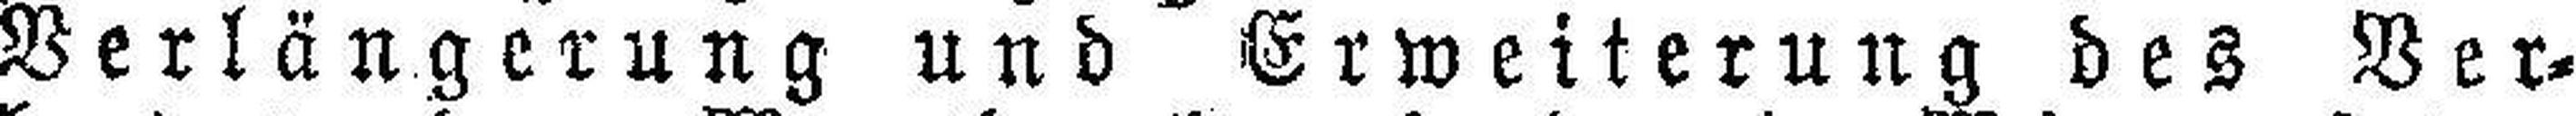
Verlängerung und Erweiterung des Ver¬